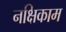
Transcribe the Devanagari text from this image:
नक्षिकाम